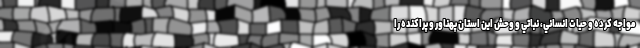
مواجه كرده و حيات انساني، نباتي و وحش اين استان پهناور و پراكنده را